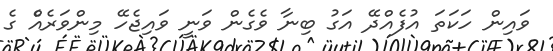
ވައިން ހަކަތަ އުފެއްދޭ އަގު ބިނާ ވެގެން ވަނީ ވައިޖެހޭ މިންވަރެއްެ ގެ